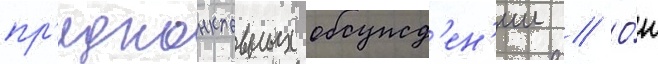
пр'едконклавных обсужд'ен'ии // О́н